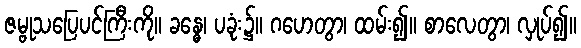
ဇမ္ဗုသပြေပင်ကြီးကို။ ခန္ဓေ၊ ပခုံး၌။ ဂဟေတွာ၊ ထမ်း၍။ စာလေတွာ၊ လှုပ်၍။